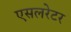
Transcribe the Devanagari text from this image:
एसलरेटर